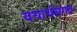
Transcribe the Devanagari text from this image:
यथार्थसंगत